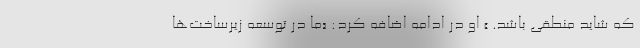
که شاید منطقی باشد. » او در ادامه اضافه کرد: «ما در توسعه زیرساخت‌ها